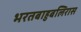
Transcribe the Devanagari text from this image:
भरतबाहुबलिरास